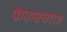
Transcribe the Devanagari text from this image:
फ्रेज़रगंज